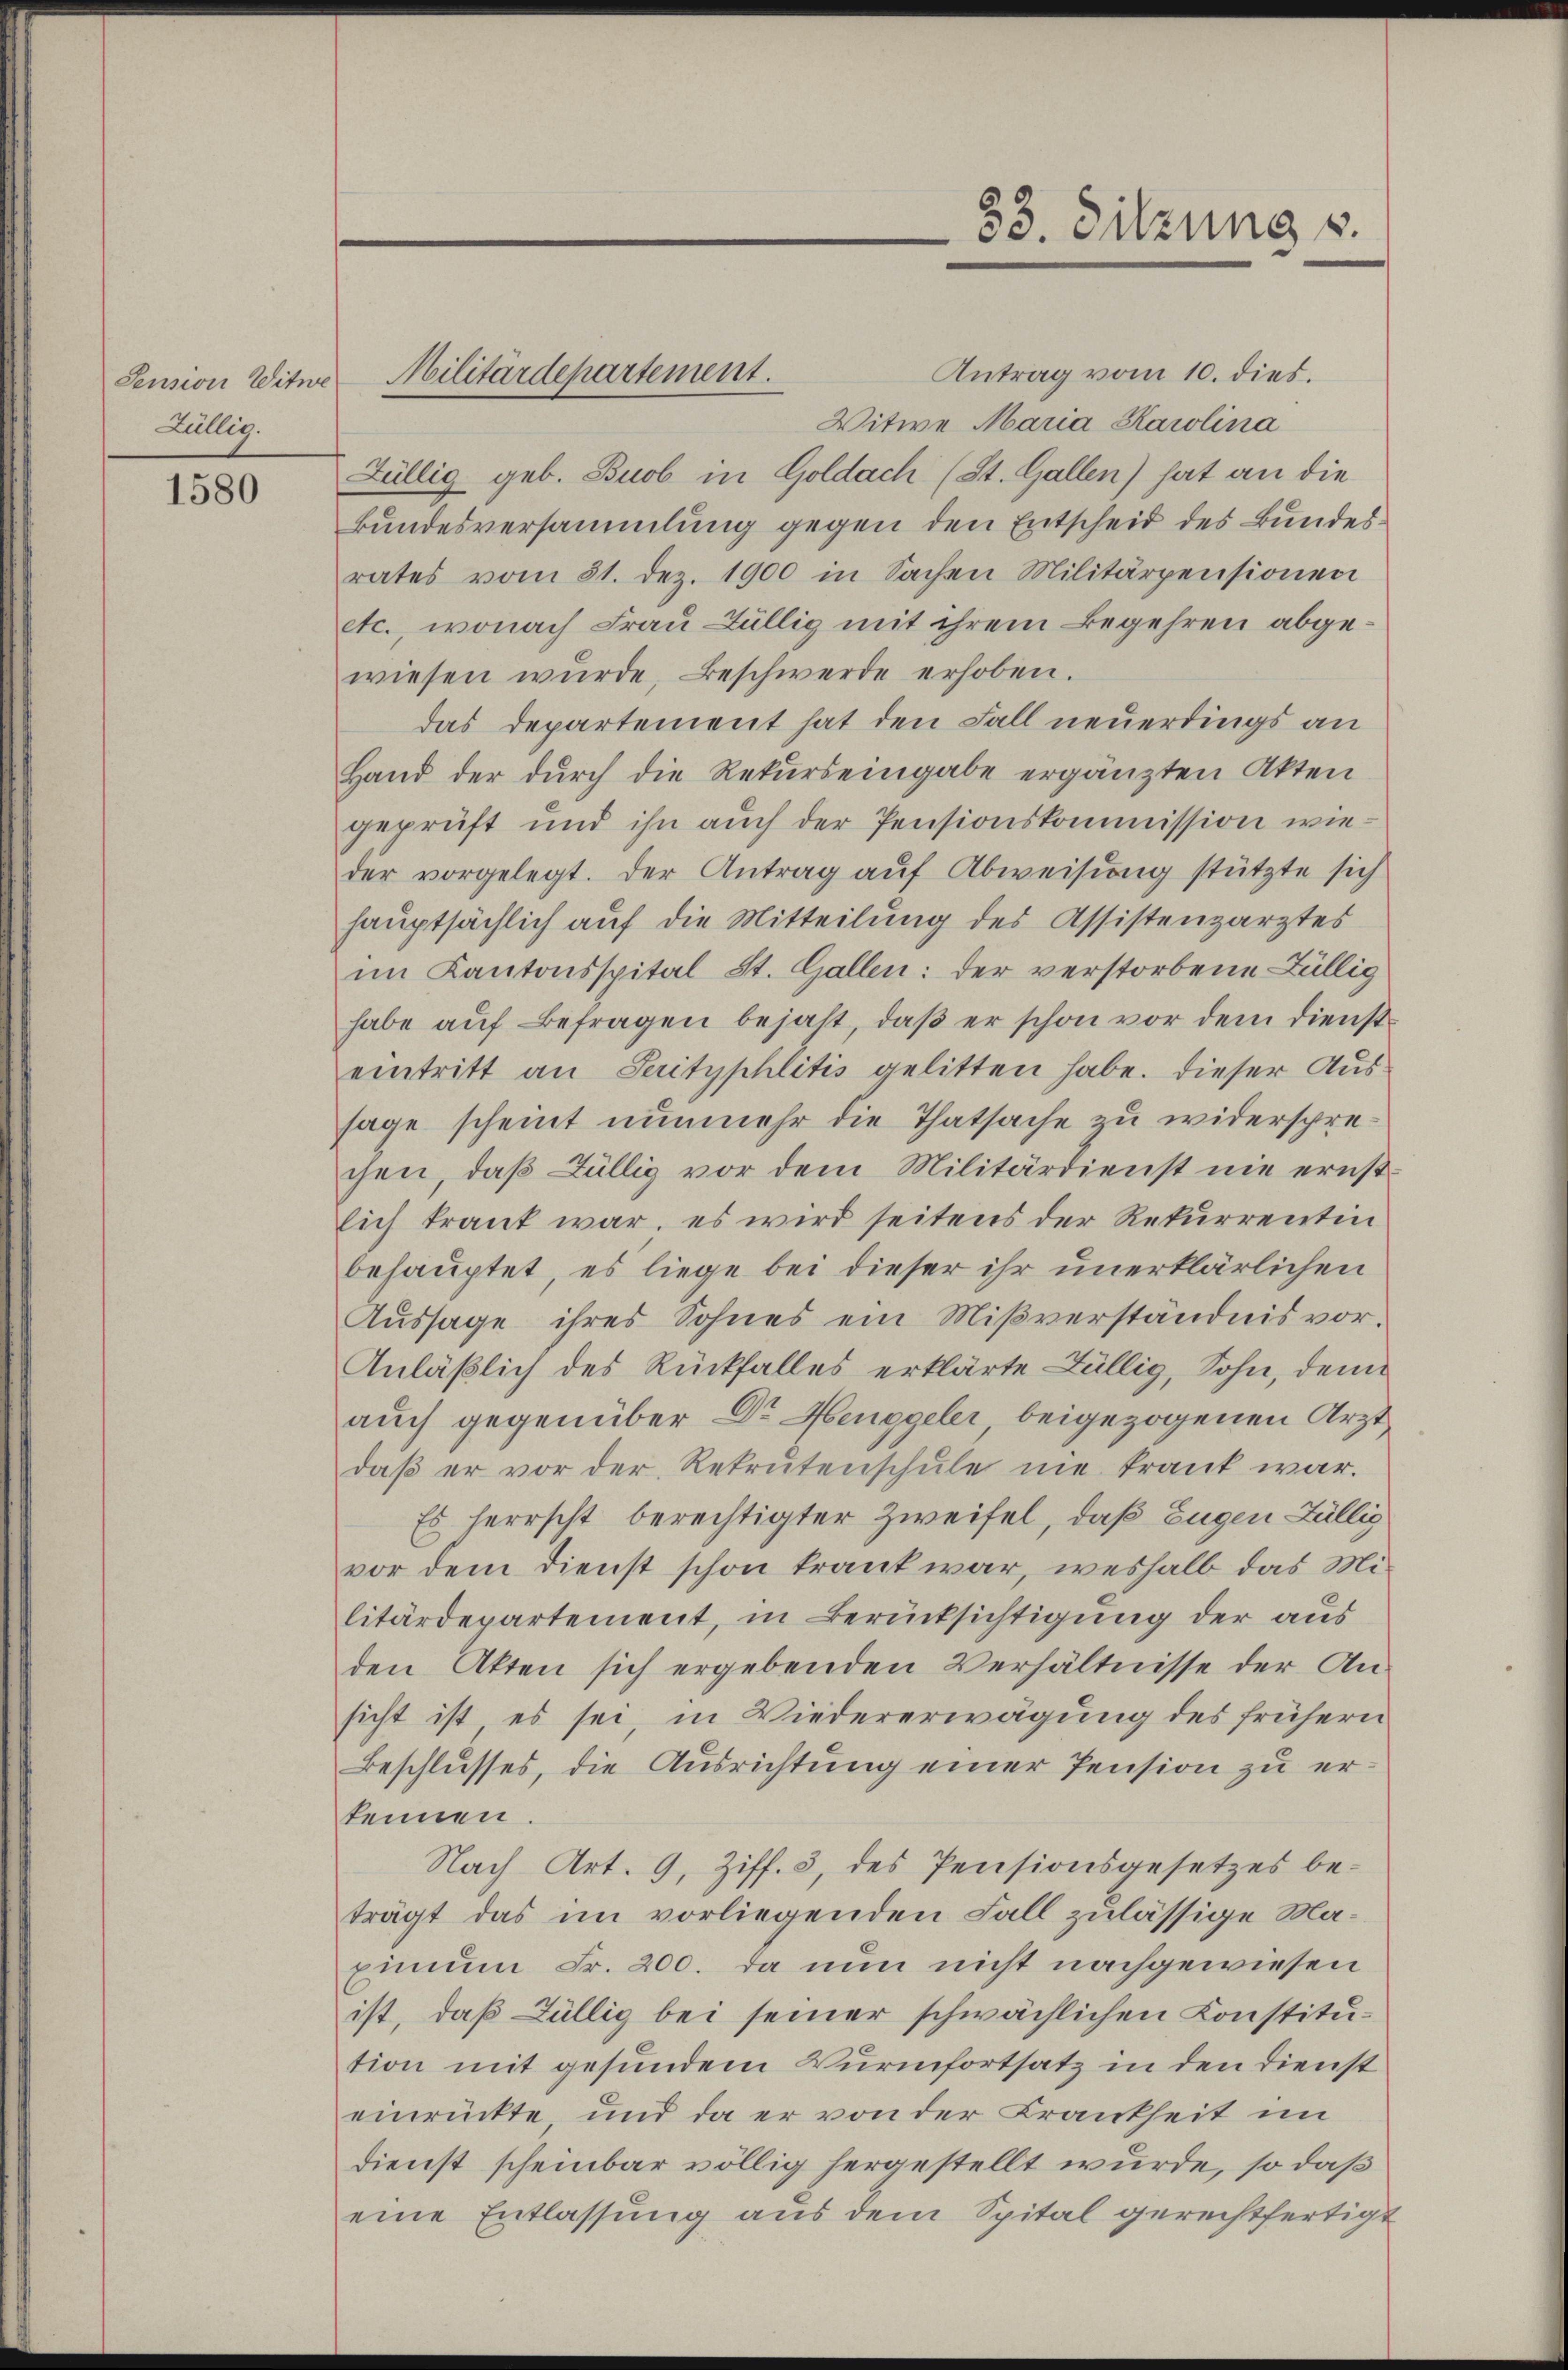
Pension Witwe
Züllig.

1580

Antrag vom 10. dies.
Witwe Maria Karolina
Züllig geb. Buob in Goldach (St. Gallen) hat an die
Bundesversammlung gegen den Entscheid des Bundes
rates vom 31. dez. 1900 in Sachen Militärpensionen
etc., wonach Frau Büllig mit ihrem Begehren abgewiesen wurde, Beschwerde erhoben.
das Departement hat den Fall neuerdings an
Hand der durch die Rekurs eingabe ergänzten Akten
geprüft und ihn auch der Pensionskommission wieder vorgelegt. Der Antrag auf Abweisung stützte sich
hauptsächlich auf die Mitteilung des Assistenzarztes
im Kantonsspital St. Gallen: der verstorbene Züllig
habe aŭf Befragen bejaht, daβ er schon vor dem diensteintritt an Serityphlitis gelitten habe. Dieser Aussage scheint nunmehr die Thatsache zu widersprechen, daβ Züllig vor dem Militärdienst nie ernst-
lich traut war, es wird seitens der Rekurrentin
behauptet, es liege bei dieser ihr unerklärlichen
Aussage ihres Sohnes ein Mißverständnis vor¬
Anläßlich des Rückfalles erklärte Züllig, Sohn, denn
auch gegenüber Dr Henggeler beigezogenen Arzt
daβ er vor der Rekrutenschule nie krank war.
Es herrscht berechtigter Zweifel, daß Eugen Züllis
vor dem Dienst schon krank war, weshalb das Militärdepartement, in Berücksichtigung der aus
den Akten sich ergebenden Verhältnisse der An-
sicht ist es sei, in Wiedererwägung des frühern
Beschlusses, die Ausrichtung einer Pension zu erkennen.
Nach Art. 9, Ziff. 3, des Pensionsgesetzes be-
trägt das im vorliegenden Fall zulässige Maxinum Fr. 200. da nun nicht nachgewiesen
ist, daß Züllig bei seiner schwächlichen Konstitution mit gesunden Wurmfortsatz in den Dienst
einrückte und da er von der Krankheit im
dienst scheinbar völlig hergestellt wurde, so daß
eine Entlassung aus dem Spital gerechtfertigt

Militärdepartement.

33. Sitzung s.